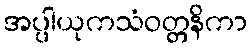
အပ္ပါယုကသံဝတ္တနိကာ